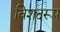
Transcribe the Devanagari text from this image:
विशदरूप